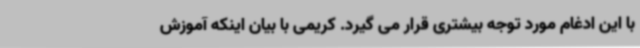
با این ادغام مورد توجه بیشتری قرار می گیرد. کریمی با بیان اینکه آموزش